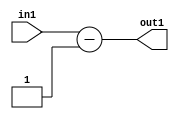
`timescale 1ps / 1ps
/*****************************************************************************
    Verilog RTL Description
    
    
    Created by: Stratus DpOpt 2019.1.01 
*******************************************************************************/

module feature_write_addr_gen_Subi1u3_4 (
	in1,
	out1
	); /* architecture "behavioural" */ 
input [2:0] in1;
output [2:0] out1;
wire [2:0] asc001;

assign asc001 = 
	+(in1)
	-(3'B001);

assign out1 = asc001;
endmodule

/* CADENCE  urn5Qwk= : u9/ySgnWtBlWxVPRXgAZ4Og= ** DO NOT EDIT THIS LINE ******/